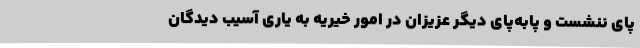
پای ننشست و پابه‌پای دیگر عزیزان در امور خیریه به یاری آسیب دیدگان